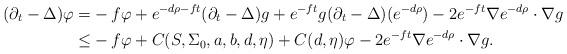
LaTeX: \begin{align*}(\partial_t-\Delta)\varphi =& -f \varphi +e^{-d\rho-ft}(\partial_t-\Delta)g + e^{-ft} g (\partial_t - \Delta) (e^{-d \rho}) - 2 e^{-ft} \nabla e^{-d\rho} \cdot \nabla g\\\le &-f \varphi +C(S,\Sigma_0,a,b,d,\eta) +C(d,\eta) \varphi - 2 e^{-ft} \nabla e^{-d\rho} \cdot \nabla g.\end{align*}